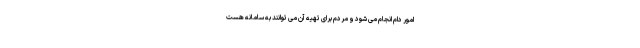
امور دام انجام می شود و مردم برای تهیه آن می توانند به سامانه هست